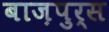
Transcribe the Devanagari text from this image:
बाज़पुर्स